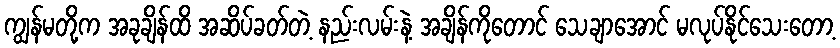
ကျွန်မတို့က အခုချိန်ထိ အဆိပ်ခတ်တဲ့ နည်းလမ်းနဲ့ အချိန်ကိုတောင် သေချာအောင် မလုပ်နိုင်သေးတော့